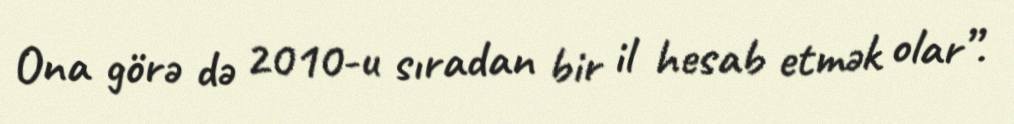
Ona görə də 2010-u sıradan bir il hesab etmək olar”.